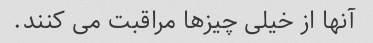
آنها از خیلی چیزها مراقبت می کنند.